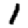
Digit: 1